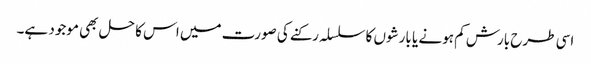
اسی طرح بارش کم ہونے یا بارشوں کا سلسلہ رکنے کی صورت میں اس کا حل بھی موجود ہے۔